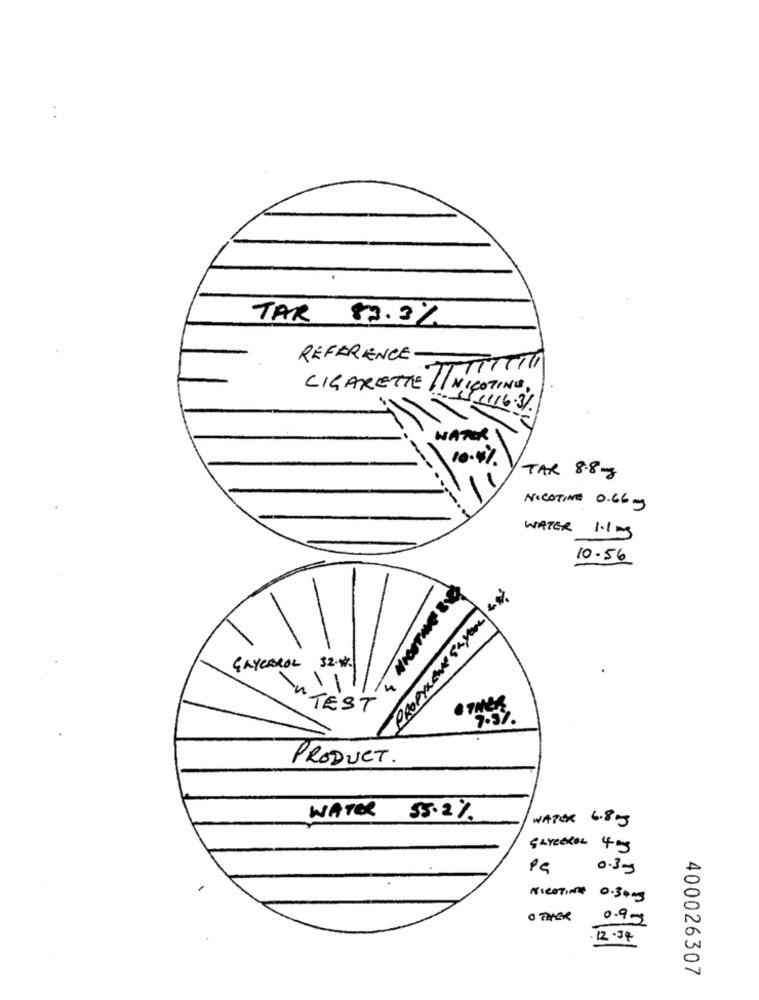
TAR
83.3%
REFERENCE
CIGARETTE / / NICOTINE,
1116.3%
WATER
10.4%
TAR 8.8 mg
NICOTINE 0.66 g
WATER 1.1 mg
10.56
PROPYLENE SAYON UN
GAYCAROL 32.8%.
4
-
TEST
7.37.
PRODUCT.
WATER 55.2%
WATER 6.85
GLYCEROL 4 mg
0.3g
NICOTINE 0.3+mg
0 THER
0.9g
12.34
400026307